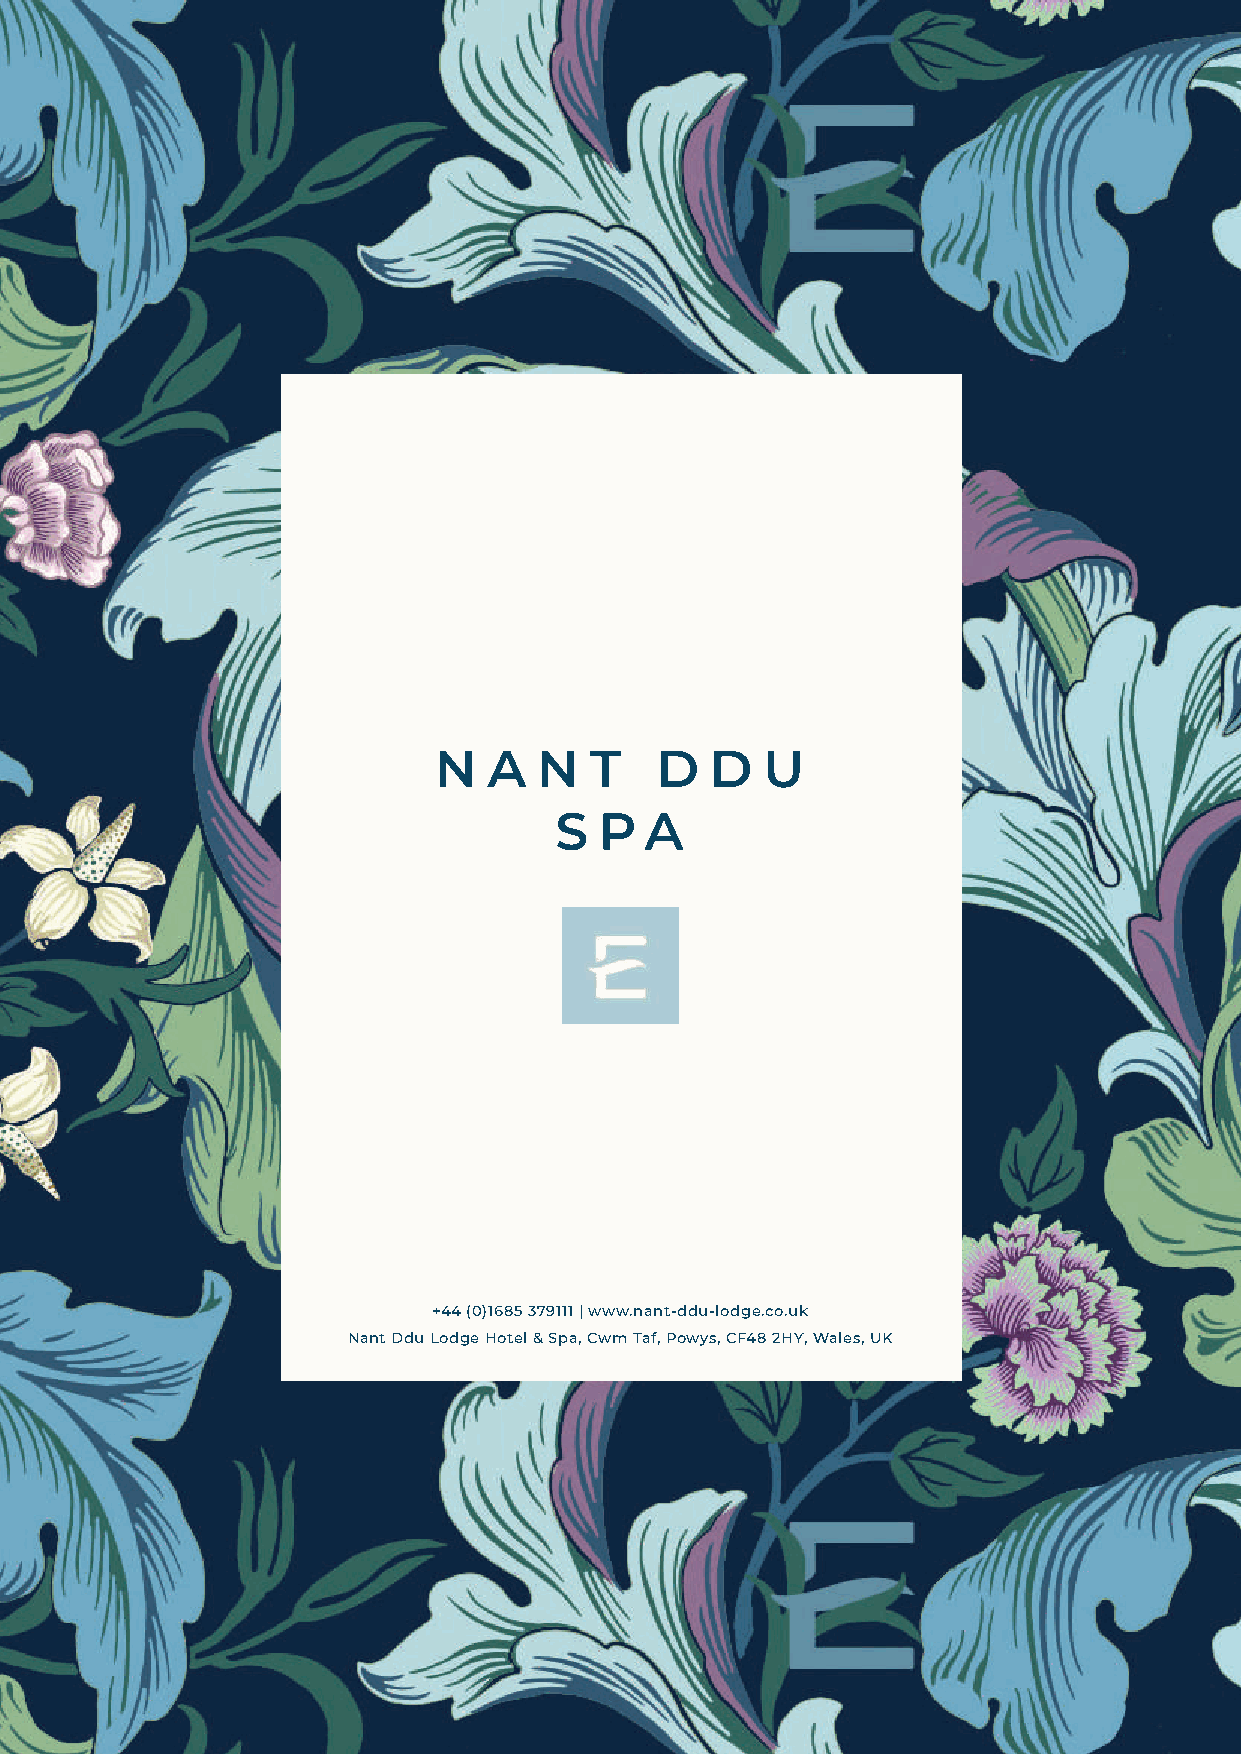
N  A   N  T   D   D  U
 S  P  A
 +44 (0)1685 379111 | www.nant-ddu-lodge.co.uk
 Nant Ddu Lodge Hotel & Spa, Cwm Taf, Powys, CF48 2HY, Wales, UK